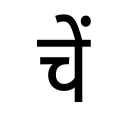
OCR:
चें